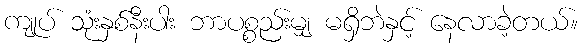
ကျုပ် သုံးနှစ်နီးပါး ဘာပစ္စည်းမျှ မရှိဘဲနှင့် နေလာခဲ့တယ်။